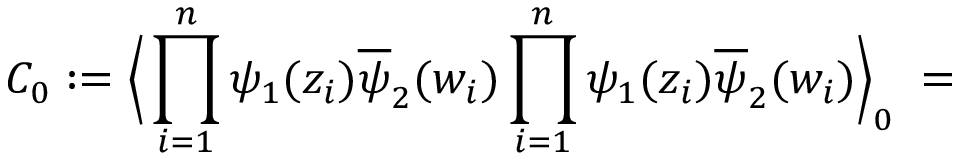
C _ { 0 } : = \Big \langle \prod _ { i = 1 } ^ { n } \psi _ { 1 } ( z _ { i } ) \overline { { { \psi } } } _ { 2 } ( w _ { i } ) \prod _ { i = 1 } ^ { n } \psi _ { 1 } ( z _ { i } ) \overline { { { \psi } } } _ { 2 } ( w _ { i } ) \Big \rangle _ { 0 } \; =